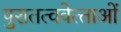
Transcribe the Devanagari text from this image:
पुरातत्ववेत्‍ताओं